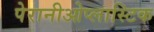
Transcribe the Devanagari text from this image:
पेरानीओप्लास्टिक